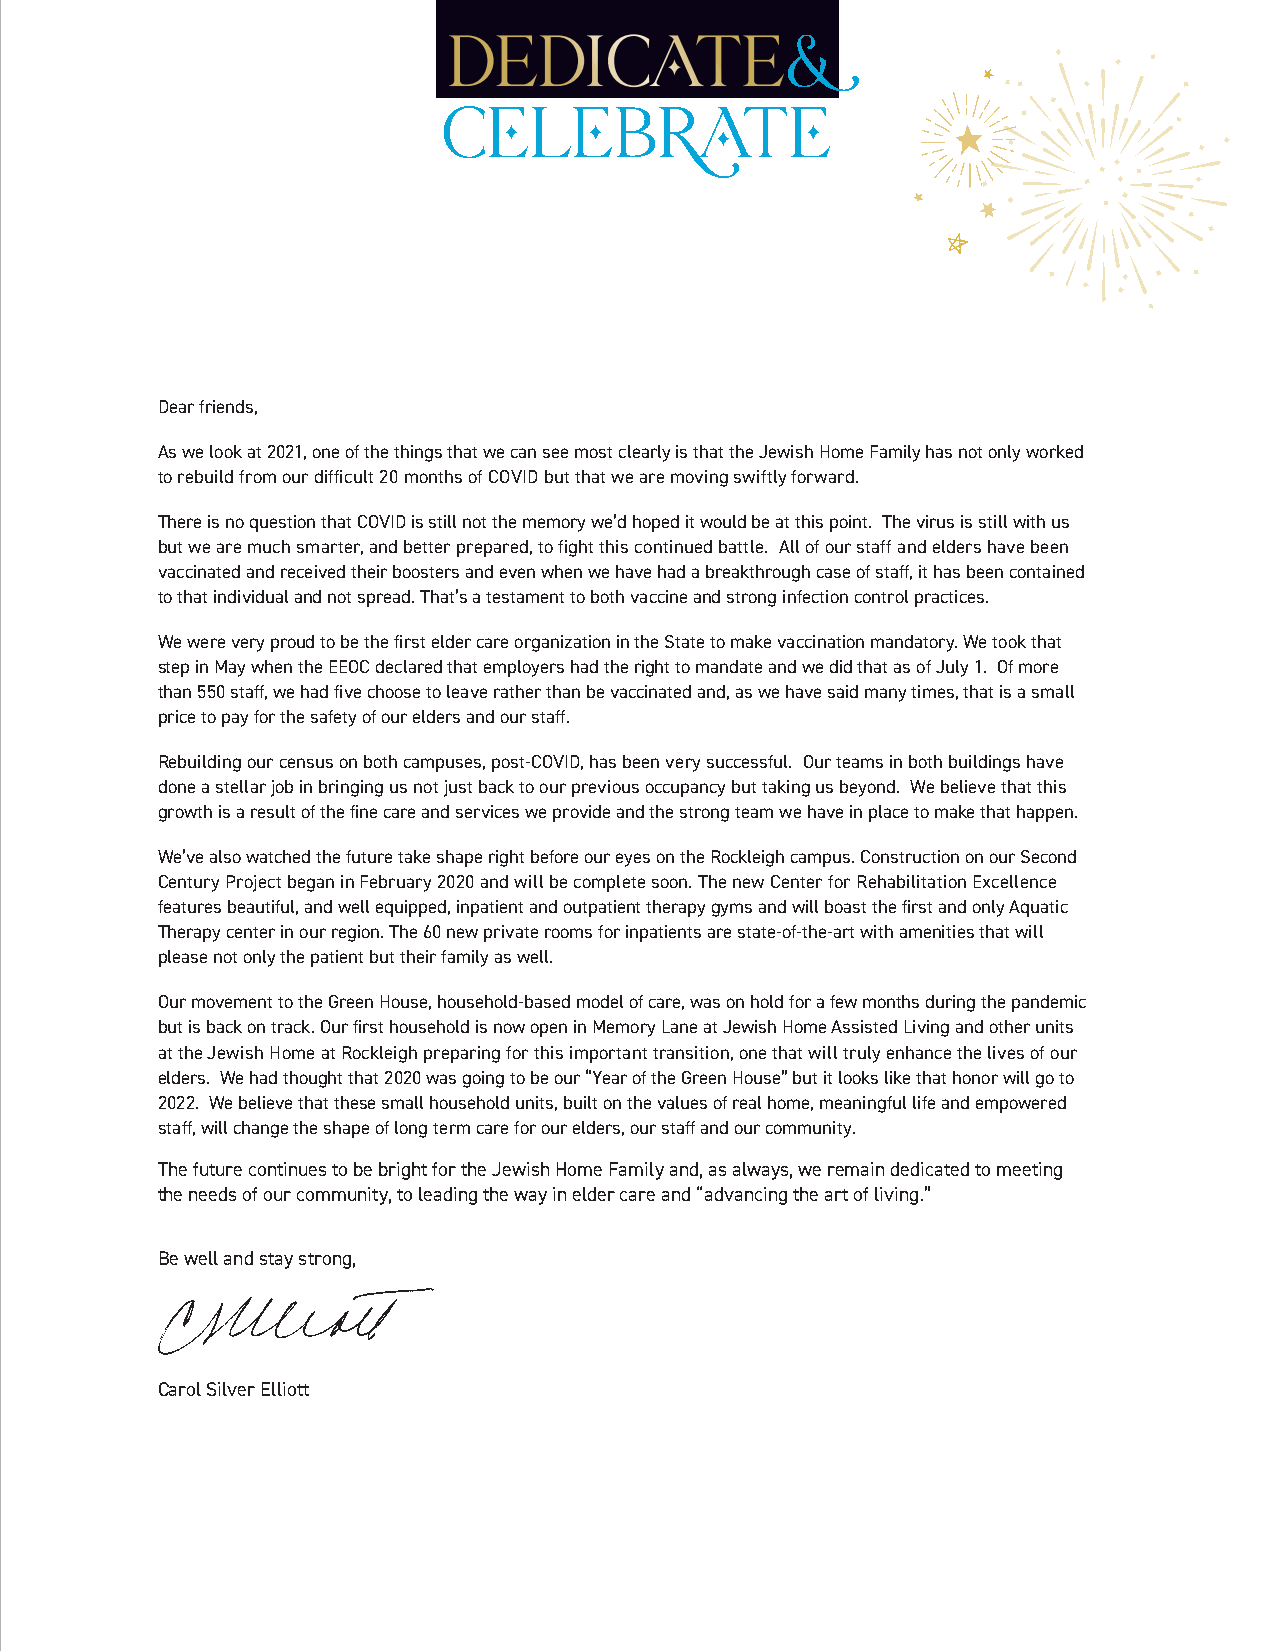
Dear friends,
 As we look at 2021, one of the things that we can see most clearly is that the Jewish Home Family has not only worked
 to rebuild from our difficult 20 months of COVID but that we are moving swiftly forward.
 There is no question that COVID is still not the memory we’d hoped it would be at this point. The virus is still with us
 but we are much smarter, and better prepared, to fight this continued battle. All of our staff and elders have been
 vaccinated and received their boosters and even when we have had a breakthrough case of staff, it has been contained
 to that individual and not spread. That’s a testament to both vaccine and strong infection control practices.
 We were very proud to be the first elder care organization in the State to make vaccination mandatory. We took that
 step in May when the EEOC declared that employers had the right to mandate and we did that as of July 1. Of more
 than 550 staff, we had five choose to leave rather than be vaccinated and, as we have said many times, that is a small
 price to pay for the safety of our elders and our staff.
 Rebuilding our census on both campuses, post-COVID, has been very successful. Our teams in both buildings have
 done a stellar job in bringing us not just back to our previous occupancy but taking us beyond. We believe that this
 growth is a result of the fine care and services we provide and the strong team we have in place to make that happen.
 We’ve also watched the future take shape right before our eyes on the Rockleigh campus. Construction on our Second
 Century Project began in February 2020 and will be complete soon. The new Center for Rehabilitation Excellence
 features beautiful, and well equipped, inpatient and outpatient therapy gyms and will boast the first and only Aquatic
 Therapy center in our region. The 60 new private rooms for inpatients are state-of-the-art with amenities that will
 please not only the patient but their family as well.
 Our movement to the Green House, household-based model of care, was on hold for a few months during the pandemic
 but is back on track. Our first household is now open in Memory Lane at Jewish Home Assisted Living and other units
 at the Jewish Home at Rockleigh preparing for this important transition, one that will truly enhance the lives of our
 elders. We had thought that 2020 was going to be our “Year of the Green House” but it looks like that honor will go to
 2022. We believe that these small household units, built on the values of real home, meaningful life and empowered
 staff, will change the shape of long term care for our elders, our staff and our community.
 The future continues to be bright for the Jewish Home Family and, as always, we remain dedicated to meeting
 the needs of our community, to leading the way in elder care and “advancing the art of living.”
 Be well and stay strong,
 Carol Silver Elliott